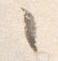
々